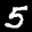
Label: 5